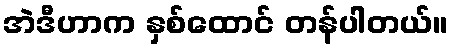
အဲဒီဟာက နှစ်ထောင် တန်ပါတယ်။